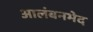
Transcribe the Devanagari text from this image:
आलंबनभेद